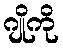
ဂျိုကို